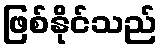
ဖြစ်နိုင်သည်